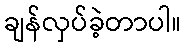
ချန်လှပ်ခဲ့တာပါ။